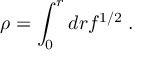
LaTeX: \rho = \int _ { 0 } ^ { r } d r f ^ { 1 / 2 } \; .